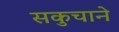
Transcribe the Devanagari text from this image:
सकुचाने